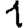
Digit: 1